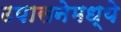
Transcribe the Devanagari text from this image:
उपासनेमध्ये